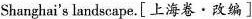
Shanghai's landscape.[上海卷·改编]